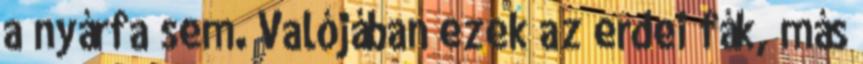
a nyárfa sem. Valójában ezek az erdei fák, más